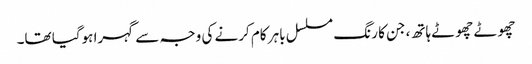
چھوٹے چھوٹے ہاتھ، جن کا رنگ مسلسل باہر کام کرنے کی وجہ سے گہرا ہوگیا تھا۔